Leaving Certificate Examination, 1916
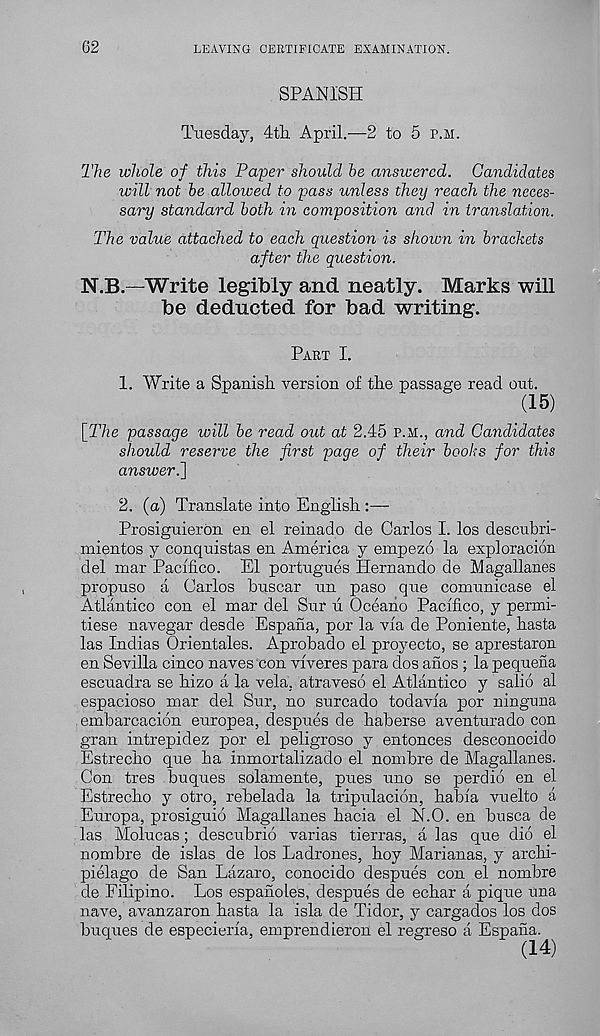
62
LEAVING CERTIFICATE EXAMINATION.
SPANISH
Tuesday, 4th April.-—2 to 5 p.m.
The whole of this Paper should be answered. Candidates
will not be allowed to pass unless they reach the neces-
sary standard both in composition and in translation.
The value attached to each question is shown in brackets
after the question.
N.B—Write legibly and neatly. Marks will
be deducted for bad writing.
Part I.
1. Write a Spanish version of the passage read out.
(15)
[The passage will be read out at 2.45 p.m., and Candidates
should reserve the first page of their books for this
answeri]
2. (a) Translate into English :—
Prosiguierbn en el reinado de Carlos I. los descuhri-
mientos y conquistas en America y empezo la exploracion
del mar Pacifico. El portugues Hernando de Magallanes
propuso a Carlos buscar tin paso que comunicase el
Atlantico con el mar del Stir ti Oceano Pacifico, y permi-
tiese navegar desde Espaiia, por la via de Poniente, hasta
las Indias Orientales. Aprobado el proyecto, se aprestaron
en Sevilla cinco naves con viveres para dos anos ; la pequena
escuadra se hizo a la vela, atraveso el Atlantico y salio al
espacioso mar del Stir, no sttrcado todavia por ninguna
embarcacion ettropea, despues de haberse aventurado con
gran intrepidez por el peligroso y entonces desconocido
Estrecho que ha inmortalizado el nombre de Magallanes.
Con tres buques solamente, pttes uno se perdio en el
Estrecho y otro, rebelada la tripulacion, habia vuelto a
Europa, prosiguio Magallanes hacia el N.O. en busca de
las Molucas; descubrio varias tierras, a las que dio el
nombre de islas de los Ladrones, hoy Marianas, y archi-
pielago de San Lazaro, conocido despues con el nombre
de Filipino. Los espanoles, despues de echar a pique una
nave, avanzaron hasta la isla de Tidor, y cargados los dos
buques de especieria, emprendieron el regreso a Espana.